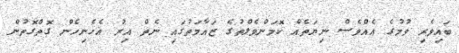
ބައިވެރި ވުމުގެ އެއްވެސް ނިޔަތެއް ކޮމަންވެލްތުގެ ޒައާމަތުގައި ނެތް އިރު އެހެނިހެން ގޮތްގޮތުން